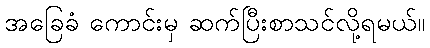
အခြေခံ ကောင်းမှ ဆက်ပြီးစာသင်လို့ရမယ်။